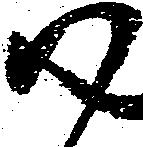
尉